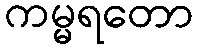
ကမ္မရတော